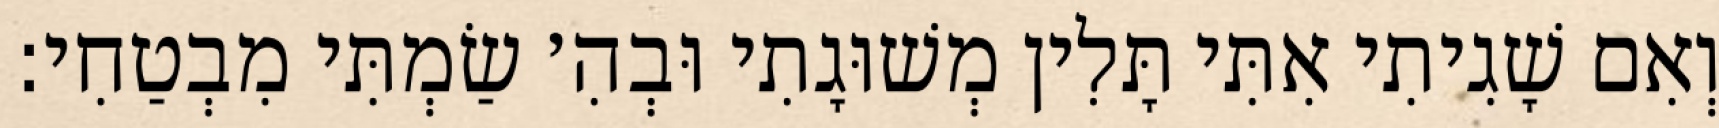
וְאִם שָׁגִיתִי אִתִּי תָּלִין מְשׁוּגָתִי וּבְהִ׳ שַׂמְתִּי מִבְטַחִי: